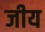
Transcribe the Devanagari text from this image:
जीय